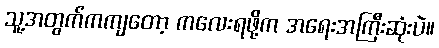
သူ့အတွက်ကကျတော့ ကလေးရဖို့က အရေးအကြီးဆုံးပဲ။